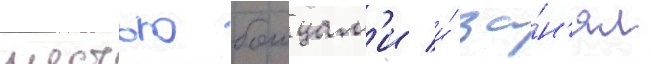
шестью боицам'и и́ за́н'ял